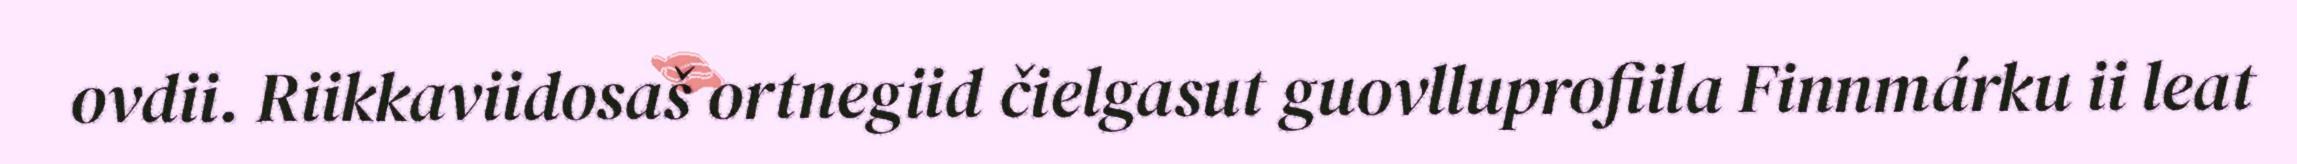
ovdii. Riikkaviidosaš ortnegiid čielgasut guovlluprofiila Finnmárku ii leat